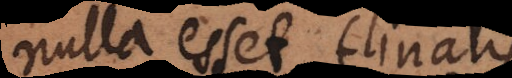
nulla esset finalis.